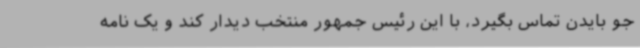
جو بایدن تماس بگیرد، با این رئیس جمهور منتخب دیدار کند و یک نامه